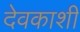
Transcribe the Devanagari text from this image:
देवकाशी